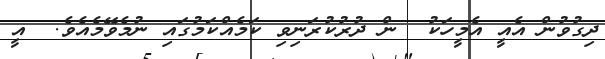
ދިގުވުން އެއީ އެމީހަކު  ން ދުރުކުރަނިވި ކަމެއްކަމުގައި ނުމެވޭމެއެވެ.  އީ